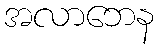
အလာဘေန